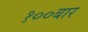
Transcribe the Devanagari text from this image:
१००बार